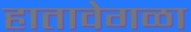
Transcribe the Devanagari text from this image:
हातावेगळा